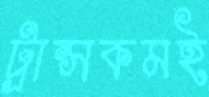
ট্রান্সকমই